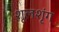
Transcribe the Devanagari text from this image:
शूलशृंग